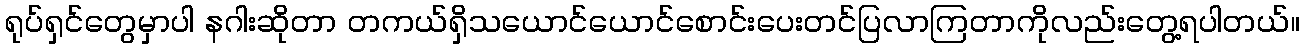
ရုပ်ရှင်တွေမှာပါ နဂါးဆိုတာ တကယ်ရှိသယောင်ယောင်စောင်းပေးတင်ပြလာကြတာကိုလည်းတွေ့ရပါတယ်။